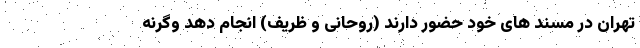
تهران در مسند های خود حضور دارند (روحانی و ظریف) انجام دهد وگرنه